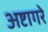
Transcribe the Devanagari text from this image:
अष्टागरे